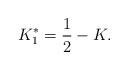
LaTeX: \begin{align*}K_1^{\ast}=\frac{1}{2}-K.\end{align*}